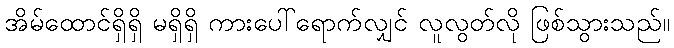
အိမ်ထောင်ရှိရှိ မရှိရှိ ကားပေါ်ရောက်လျှင် လူလွတ်လို ဖြစ်သွားသည်။